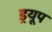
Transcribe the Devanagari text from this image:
ड्रयूप